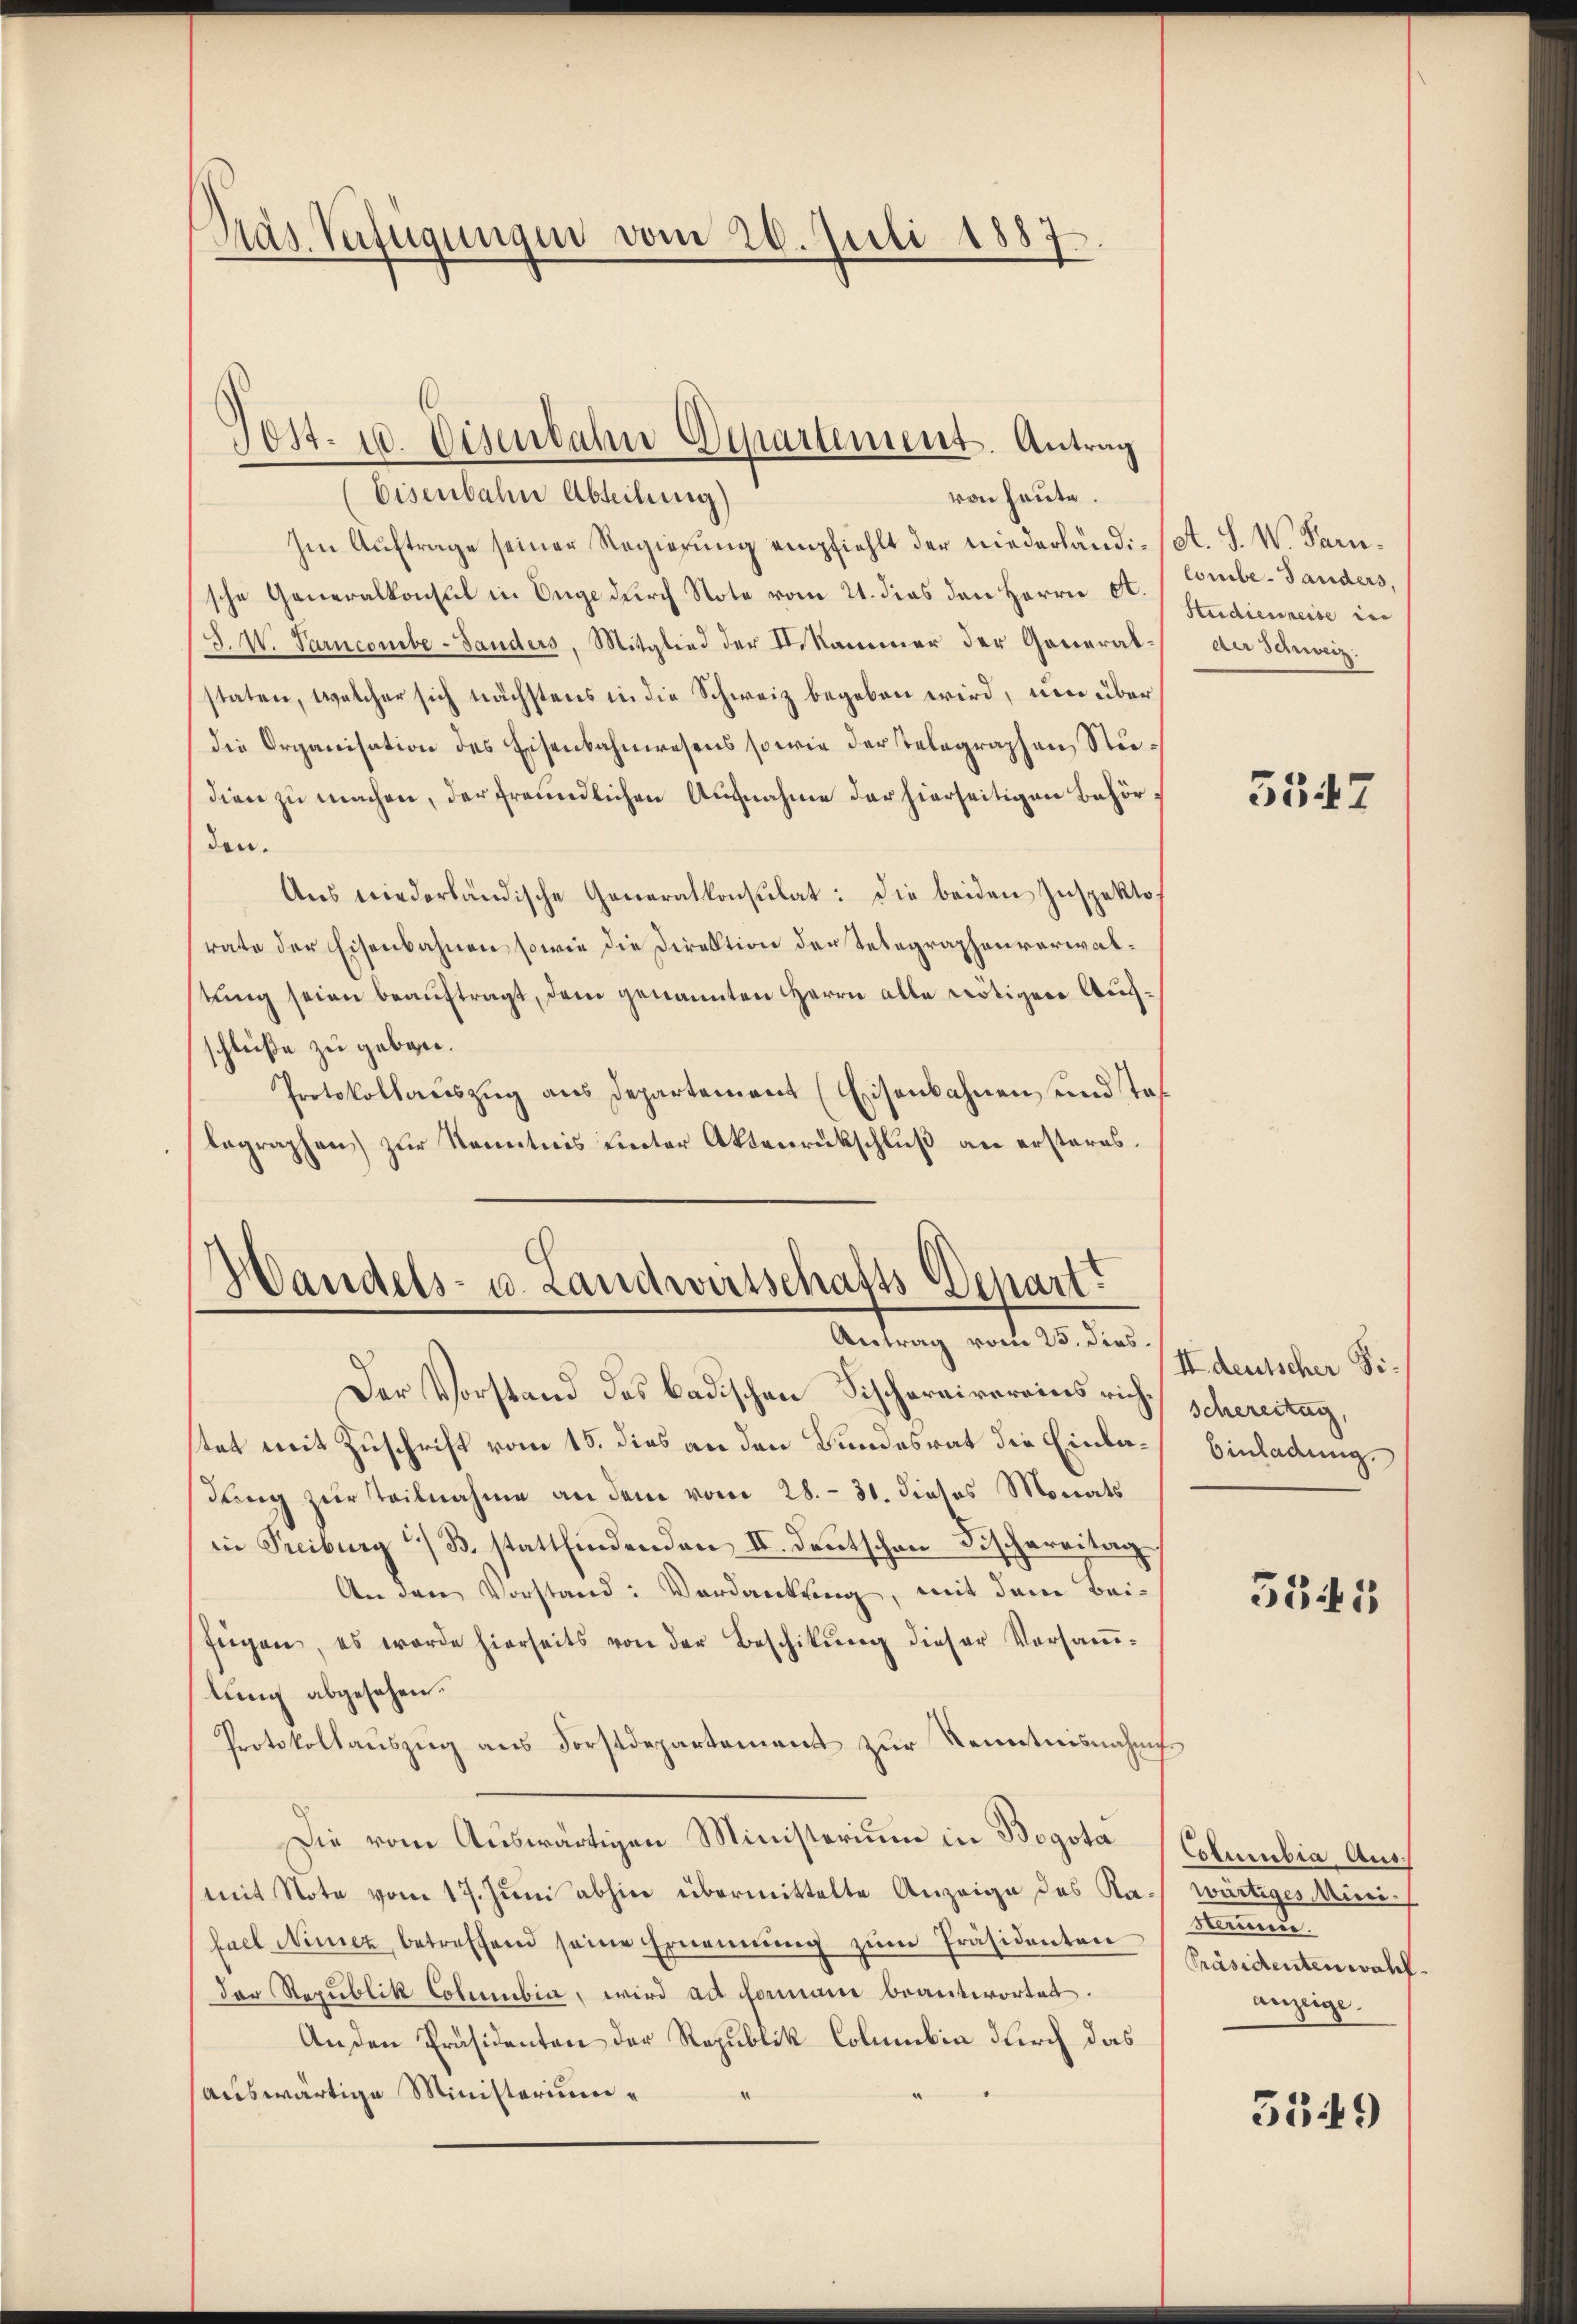
Päs Verfügungen vom 26. Juli 1887.

Post. 10. Disenbahn Departement. Antrag

Eisenbahn Abteilung)
von heute.
Im Auftrage seiner Regierung empfiehlt der niederländi-/A. S. W. Parsche Generalkonsul in Enge durch Note vom 21. dies den Herrn St. Combe-Landers,
F. W. Tarncomibe-Landers, Mitglied der I. Kammer der Generalstaten, welcher sich nächstens in die Schweiz begeben wird, um über
die Organisation des Eisenbahnwesens sowie der Telegraphen Studien zu machen, der freundlichen Aufnahme der hierseitigen Behörden.
Ans niederländische Generalkonsulat: Die beiden Inspekte
rate der Eisenbahnen sowie die Direktion der Telegraphenverwalstung seien beauftragt, dem genannten Herrn alle nötigen Aufschlüße zu geben.
Protokollauszug aus Departement (Eisenbahnen, und stof
begraphen) zur Kenntnis einter Aktenrückschluß an ersteres.

Handels- u. Landwirtschafts-Depart?
Antrag vom 25. dies

Der Vorstand des badischen Fischereirereins rich. Schereitag,
stet mit Zuschrift vom 15. dies an den Bundesrat die Einladung zur Teilnahme an dem vom 28. 31. dieses Monats
in Treiburg i. B. stattfindenden II. Deutschen Fischereitag
An den Vorstand: Verdankung, mit dem Beifügen, es worde hierseits von der Beschikŭng dieser Versaṁ-
tung abgesehen.
Protokollauszug aus Forstdepartement zur Kenntnisnahme
Die vom Auswärtigen Ministerium in Bogota (Columbia Ausmit Note vom 17. Juni abhin übermittelte Anzeige des Ka-wärtiges Mini-
fael Ninez betreffend seine Ernennung zŭm Präsidenten
der Republik Columbia, wird ad Formann beantwortet.
Anden Präsidenten der Republik Columbia durch das
auswärtige Ministerium

Studienreise in
der Schweiz.

3547

II deutscher Si¬
Einladung.

5345

stamen.
Präsidenten wohl.
anzeige.

5549)